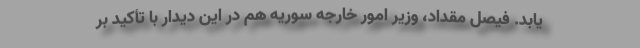
یابد. فیصل مقداد، وزیر امور خارجه سوریه هم در این دیدار با تأکید بر